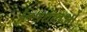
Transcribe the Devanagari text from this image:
मिश्रधातओं